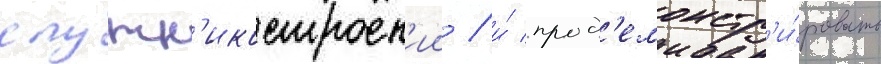
спутн'икостроен'ии / и́ прод'емонстр'и́ровать